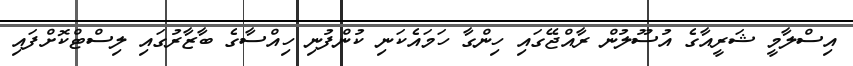
އިސްލާމީ ޝަރީއާގެ އުސޫލުން ރާއްޖޭގައި ހިންގާ ހަމައެކަނި ކުންފުނި ހިއްސާގެ ބާޒާރުގައި ލިސްޓްކޮށްފައި